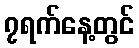
၇ရက်နေ့တွင်